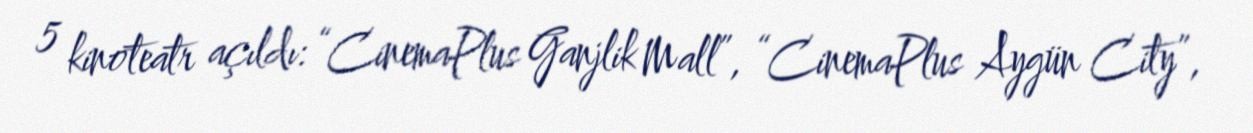
5 kinoteatr açıldı: “CinemaPlus Ganjlik Mall”, “CinemaPlus Aygün City”,